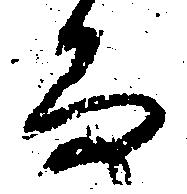
而